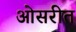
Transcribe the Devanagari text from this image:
ओसरीत